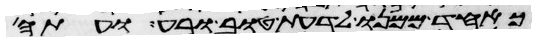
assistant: כאחד ממנו לדעת טוב ורע ועתה